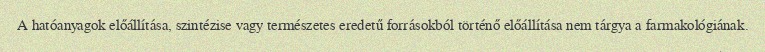
A hatóanyagok előállítása, szintézise vagy természetes eredetű forrásokból történő előállítása nem tárgya a farmakológiának.